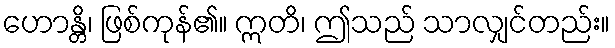
ဟောန္တိ၊ ဖြစ်ကုန်၏။ ဣတိ၊ ဤသည် သာလျှင်တည်း။